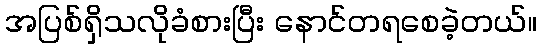
အပြစ်ရှိသလိုခံစားပြီး နောင်တရစေခဲ့တယ်။